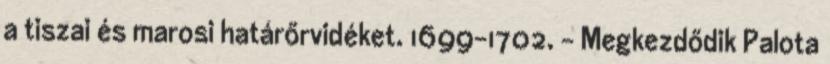
a tiszai és marosi határőrvidéket. 1699–1702. – Megkezdődik Palota